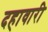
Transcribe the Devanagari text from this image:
दहावारी